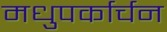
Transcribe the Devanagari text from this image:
मधुपर्कार्चन